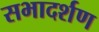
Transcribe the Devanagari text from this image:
सभादर्शण